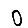
Digit: 0